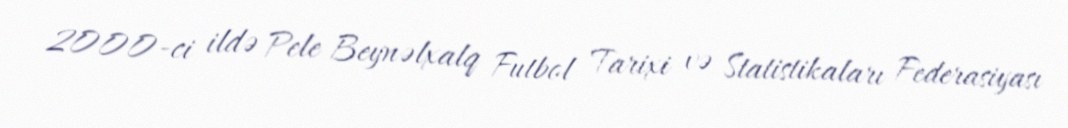
2000-ci ildə Pele Beynəlxalq Futbol Tarixi və Statistikaları Federasiyası